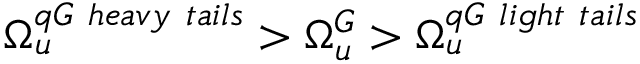
\Omega _ { u } ^ { q G \ h e a v y \ t a i l s } > \Omega _ { u } ^ { G } > \Omega _ { u } ^ { q G \ l i g h t \ t a i l s }